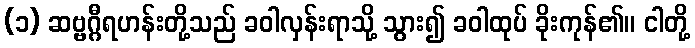
(၁) ဆဗ္ဗဂ္ဂီရဟန်းတို့သည် ခဝါလှန်းရာသို့ သွား၍ ခဝါထုပ် ခိုးကုန်၏။ ငါတို့